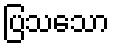
ပြသသော